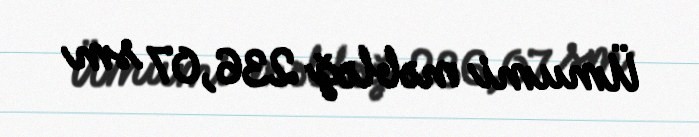
Ümumi məbləğ 236,07 sm